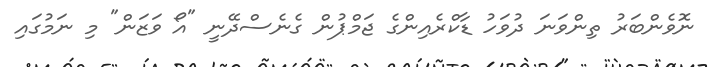
ނޮވެންބަރު ތިންވަނަ ދުވަހު ޑާކްރެއިންގެ ޖަމްޕުން ގެނެސްދޭނީ "އޯ ވަޒަން" މި ނަމުގައި